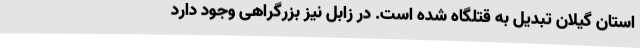
استان گیلان تبدیل به قتلگاه شده است. در زابل نیز بزرگراهی وجود دارد